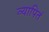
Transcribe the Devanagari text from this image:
व्यापितं